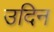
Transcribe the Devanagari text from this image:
उदिन